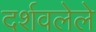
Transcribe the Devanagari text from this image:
दर्शवलेले